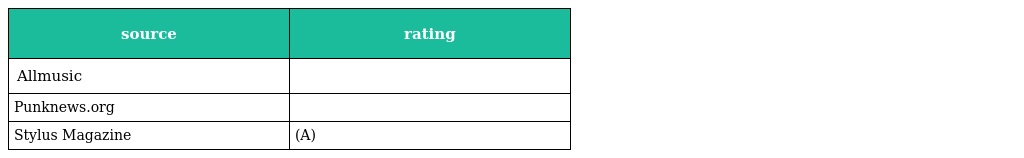
| source | rating |
 | --- | --- |
 | Allmusic |  |
 | Punknews.org |  |
 | Stylus Magazine | (A) |